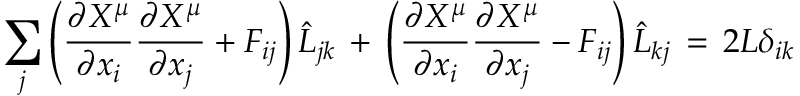
\sum _ { j } \left( \frac { \partial X ^ { \mu } } { \partial x _ { i } } \frac { \partial X ^ { \mu } } { \partial x _ { j } } + F _ { i j } \right) \hat { L } _ { j k } \, + \, \left( \frac { \partial X ^ { \mu } } { \partial x _ { i } } \frac { \partial X ^ { \mu } } { \partial x _ { j } } - F _ { i j } \right) \hat { L } _ { k j } \, = \, 2 L \delta _ { i k }